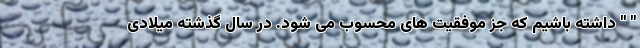
" " داشته باشیم که جز موفقیت های محسوب می شود. در سال گذشته میلادی